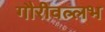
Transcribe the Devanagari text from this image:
गौरीवल्लभ